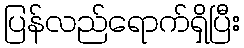
ပြန်လည်ရောက်ရှိပြီး